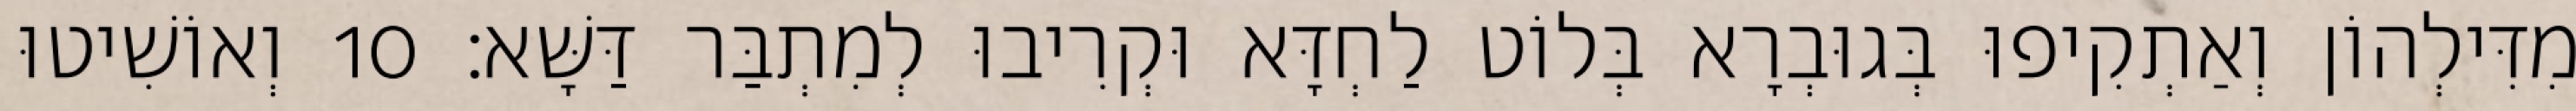
מִדִּילְהוֹן וְאַתְקִיפוּ בְּגוּבְרָא בְּלוֹט לַחְדָּא וּקְרִיבוּ לְמִתְבַּר דַּשָּׁא׃ 10 וְאוֹשִׁיטוּ